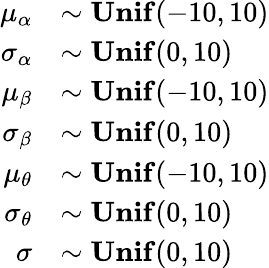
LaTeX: \begin{array}{rl}{\mu_{\alpha}}&{\sim\mathbf{Unif}(-10,10)}\\ {\sigma_{\alpha}}&{\sim\mathbf{Unif}(0,10)}\\ {\mu_{\beta}}&{\sim\mathbf{Unif}(-10,10)}\\ {\sigma_{\beta}}&{\sim\mathbf{Unif}(0,10)}\\ {\mu_{\theta}}&{\sim\mathbf{Unif}(-10,10)}\\ {\sigma_{\theta}}&{\sim\mathbf{Unif}(0,10)}\\ {\sigma}&{\sim\mathbf{Unif}(0,10)}\end{array}